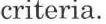
criteria.